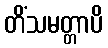
တိံသမတ္တာပိ